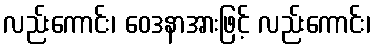
လည်းကောင်း၊ ဝေဒနာအားဖြင့် လည်းကောင်း၊